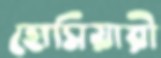
হোসিয়ারী